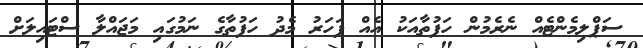
ސަޕްލިމެންޓެއް ނެރެމުން ހަފުތާއަކު އެއް ފަހަރު މެދު ހަފުތާގެ ނަމުގައި މަޖައްލާ ސްޓައިލަށް